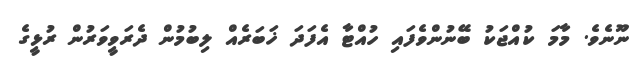
ނޫނެވެ. މާމަ ކުއްޖަކު ބޭނުންވެފައި ހުއްޓާ އެފަދަ ޚަބަރެއް ލިބުމުން ދެރަވީވަރުން ރުޅީގެ